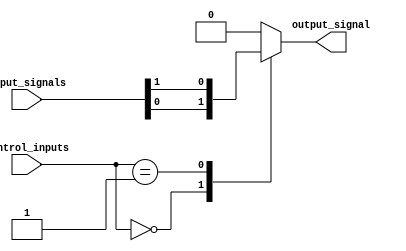
module mux_32_to_1(
    input [31:0] input_signals, // 32 input signals
    input [4:0] control_inputs, // 5 control inputs
    output reg output_signal
);

always @(*) begin
    case(control_inputs)
        5'b00000: output_signal = input_signals[0];
        5'b00001: output_signal = input_signals[1];
        // Add cases for the rest of the inputs
        // up to 5'b11111
        default: output_signal = 32'b0; // Default case if no match found
    endcase
end

endmodule